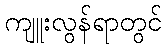
ကျူးလွန်ရာတွင်